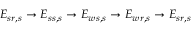
E _ { s r , s } \rightarrow E _ { s s , s } \rightarrow E _ { w s , s } \rightarrow E _ { w r , s } \rightarrow E _ { s r , s }